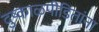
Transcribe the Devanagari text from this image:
दुष्काळपीडितांना